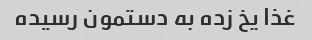
غذا یخ زده به دستمون رسیده